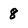
Character: 8